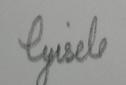
Signature authenticity: forged